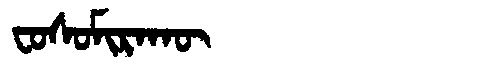
Manchu: ᠸᠣᠰᠣᠮᡳᡵᠠᡴᡡ
Romanization: FOSOMIRAKŪ